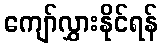
ကျော်လွှားနိုင်ရန်